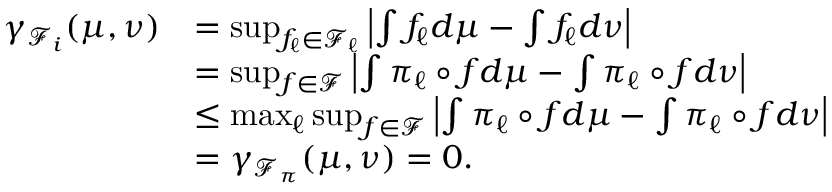
\begin{array} { r l } { \gamma _ { \mathcal { F } _ { i } } ( \mu , \nu ) } & { = \operatorname* { s u p } _ { f _ { \ell } \in \mathcal { F } _ { \ell } } \left| \int f _ { \ell } d \mu - \int f _ { \ell } d \nu \right| } \\ & { = \operatorname* { s u p } _ { f \in \mathcal { F } } \left| \int \pi _ { \ell } \circ f d \mu - \int \pi _ { \ell } \circ f d \nu \right| } \\ & { \leq \operatorname* { m a x } _ { \ell } \operatorname* { s u p } _ { f \in \mathcal { F } } \left| \int \pi _ { \ell } \circ f d \mu - \int \pi _ { \ell } \circ f d \nu \right| } \\ & { = \gamma _ { \mathcal { F } _ { \pi } } ( \mu , \nu ) = 0 . } \end{array}